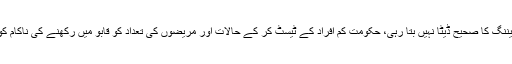
اپوزیشن لیڈر نے مزید کہا کہ حکومت ابھی تک پاکستان میں ٹیسٹ اور سکریننگ کا صحیح ڈیٹا نہیں بتا رہی، حکومت کم افراد کے ٹیسٹ کر کے حالات اور مریضوں کی تعداد کو قابو میں رکھنے کی ناکام کوشش کر رہی ہے، جس سے وائرس کا خوفناک حد تک پھیلنے کا خدشہ ہے۔